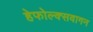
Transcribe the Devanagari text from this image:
हेफोल्क्सवागन